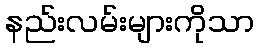
နည်းလမ်းများကိုသာ